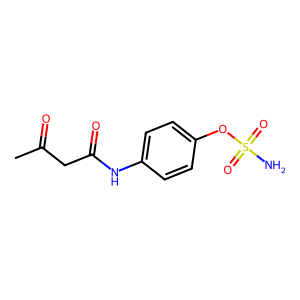
SMILES: CC(=O)CC(=O)Nc1ccc(OS(N)(=O)=O)cc1
Inhibits HIV replication: No